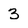
Character: 3